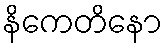
နိကေတိနော